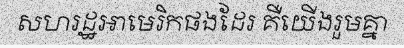
សហរដ្ឋអាមេរិកផងដែរ គឺយើងរួមគ្នា